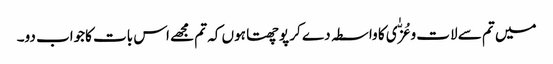
میں تم سے لات و عُزّٰی کا واسطہ دے کر پوچھتا ہوں کہ تم مجھے اس بات کاجواب دو۔